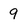
Character: 9